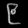
Digit: ၉